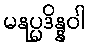
မနုပ္ပဒိန္နဝါ